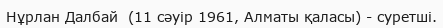
Нұрлан Далбай  (11 сәуір 1961, Алматы қаласы) - суретші.